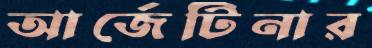
আর্জেটিনার